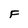
Character: F